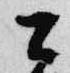
公